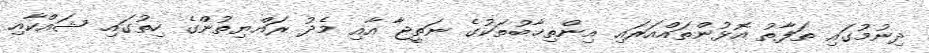
ދިނުމުގައި ތަފާތު އޮޅުންތައްއަރައި އިންތިޚާބުތަކުގެ ނަތީޖާ އާއި މެދު ރައްޔިތުންގެ ހިތުގައި ޝައްކާއި